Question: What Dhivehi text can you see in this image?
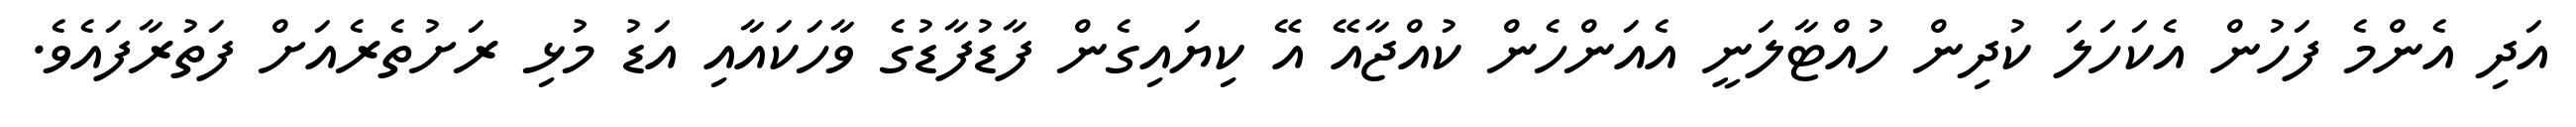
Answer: އަދި އެންމެ ފަހުން އެކަހަލަ ކުދިން ހުއްޓާލަނީ އެއަންހެން ކުއްޖާއޭ އޭ ކިޔައިގެން ފާޑުފާޑުގެ ވާހަކައާއި އަޑު މުޅި ރަށުތެރެއަށް ފަތުރާފައެވެ.